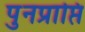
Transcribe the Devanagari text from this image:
पुनप्राप्ति